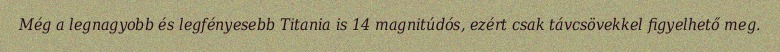
Még a legnagyobb és legfényesebb Titania is 14 magnitúdós, ezért csak távcsövekkel figyelhető meg.